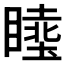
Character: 𱳉